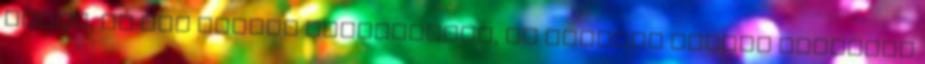
Isten, de nem szabad elfelejteni, az özönvíz előtti berontás